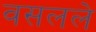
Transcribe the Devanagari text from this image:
वसलले